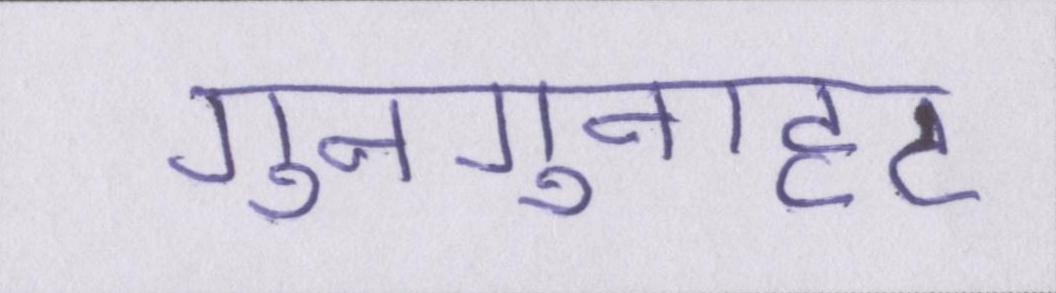
गुनगुनाहट